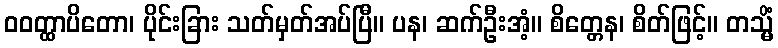
ဝဝတ္ထာပိတော၊ ပိုင်းခြား သတ်မှတ်အပ်ပြီ။ ပန၊ ဆက်ဦးအံ့။ စိတ္တေန၊ စိတ်ဖြင့်။ တသ္မိံ